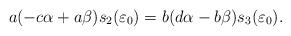
LaTeX: \begin{align*}a(-c\alpha+a\beta)s_2(\varepsilon_0)=b(d\alpha-b\beta)s_3(\varepsilon_0).\end{align*}